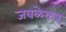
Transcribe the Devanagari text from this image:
जवळेकर